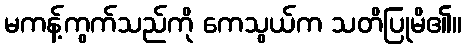
မကန့်ကွက်သည်ကို ကေသွယ်က သတိပြုမိ၏။